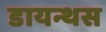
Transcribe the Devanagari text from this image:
डायन्थस